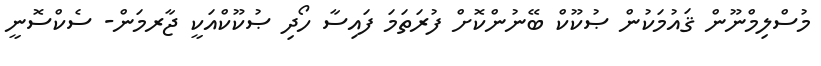
މުސްލިމްނޫން ޤައުމަކުން ޞުކޫކް ބޭނުންކޮށް ފުރަތަމަ ފައިސާ ހޯދި ޞުކޫކްއަކީ ޖާރމަން- ސެކްސޮނީ